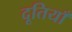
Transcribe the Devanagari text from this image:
दूतियाँ